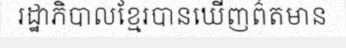
រដ្ឋាភិបាលខ្មែរបានឃើញព៌តមាន